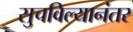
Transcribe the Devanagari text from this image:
सुचविल्यानंतर